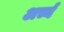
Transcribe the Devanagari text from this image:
अर्च्य